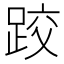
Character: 跤